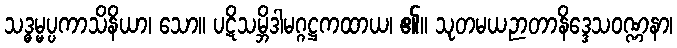
သဒ္ဓမ္မပ္ပကာသိနိယာ၊ သော။ ပဋိသမ္ဘိဒါမဂ္ဂဋ္ဌကထာယ၊ ၏။ သုတမယဉာတာနိဒ္ဒေသဝဏ္ဏနာ၊